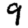
Digit: 9